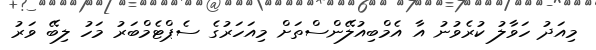
މިއަދު ހަވާލު ކުރެވުނު އާ އެމްބިއުލޭންސްތަށް މިއަހަރުގެ ސެޕްޓެމްބަރު މަހު ލިބޭ ވަރު